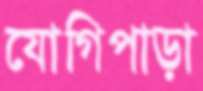
যোগিপাড়া